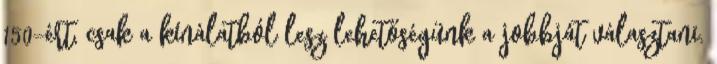
150-ért, csak a kínálatból lesz lehetőségünk a jobbját választani.